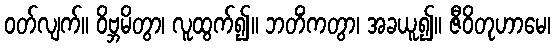
ဝတ်လျက်။ ဝိဗ္ဘမိတွာ၊ လူထွက်၍။ ဘတိံကတွာ၊ အခယူ၍။ ဇီဝိတုဟာမေ၊